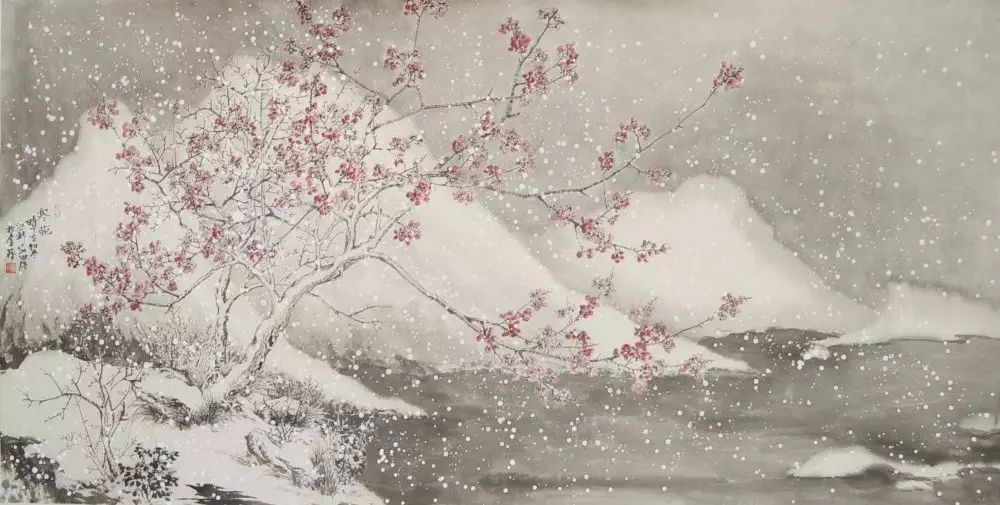
客里相逢，篱角黄昏，无言自倚修竹。